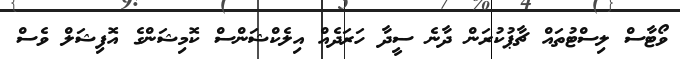
ވޯޓާސް ލިސްޓުތައް ޗާޕުކުރަން ދާނެ ސީދާ ހަރަދެއް އިލެކްޝަންސް ކޮމިޝަންގެ އޮފިޝަލް ވެސް